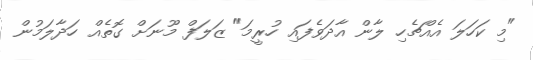
"މި ކަހަލަ އެއްޗެހި ލާން އާދަވެފައި ހުރީމަ" ޒަލަފް މޫނަށް ގޮތެއް ހަދާލަމުން